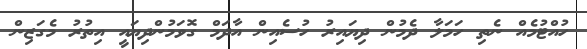
ހުއްޓުމެއް ނެތި ހަމަލާ ދެމުން ދިޔައިރު ހުސެއިން އާދަމް ގޮވަމުންދިޔައީ އިތުރު މެގަޒިން